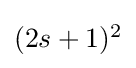
{\textstyle (2s+1)^{2}}